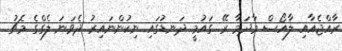
ރާއްޖެއާއި ލާއޯސް މާދަމާ ރޭ ގައުމީ ދަނޑުގައި ނިކުންނައިރު ދެވަނަ ލެގްގެ މެޗު